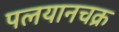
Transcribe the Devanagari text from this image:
पलयानचक्र